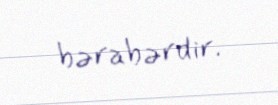
bərabərdir.